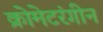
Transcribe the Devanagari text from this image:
क्रोमेटरंगीन